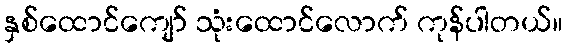
နှစ်ထောင်ကျော် သုံးထောင်လောက် ကုန်ပါတယ်။